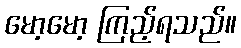
မော့မော့ ကြည့်ရသည်။